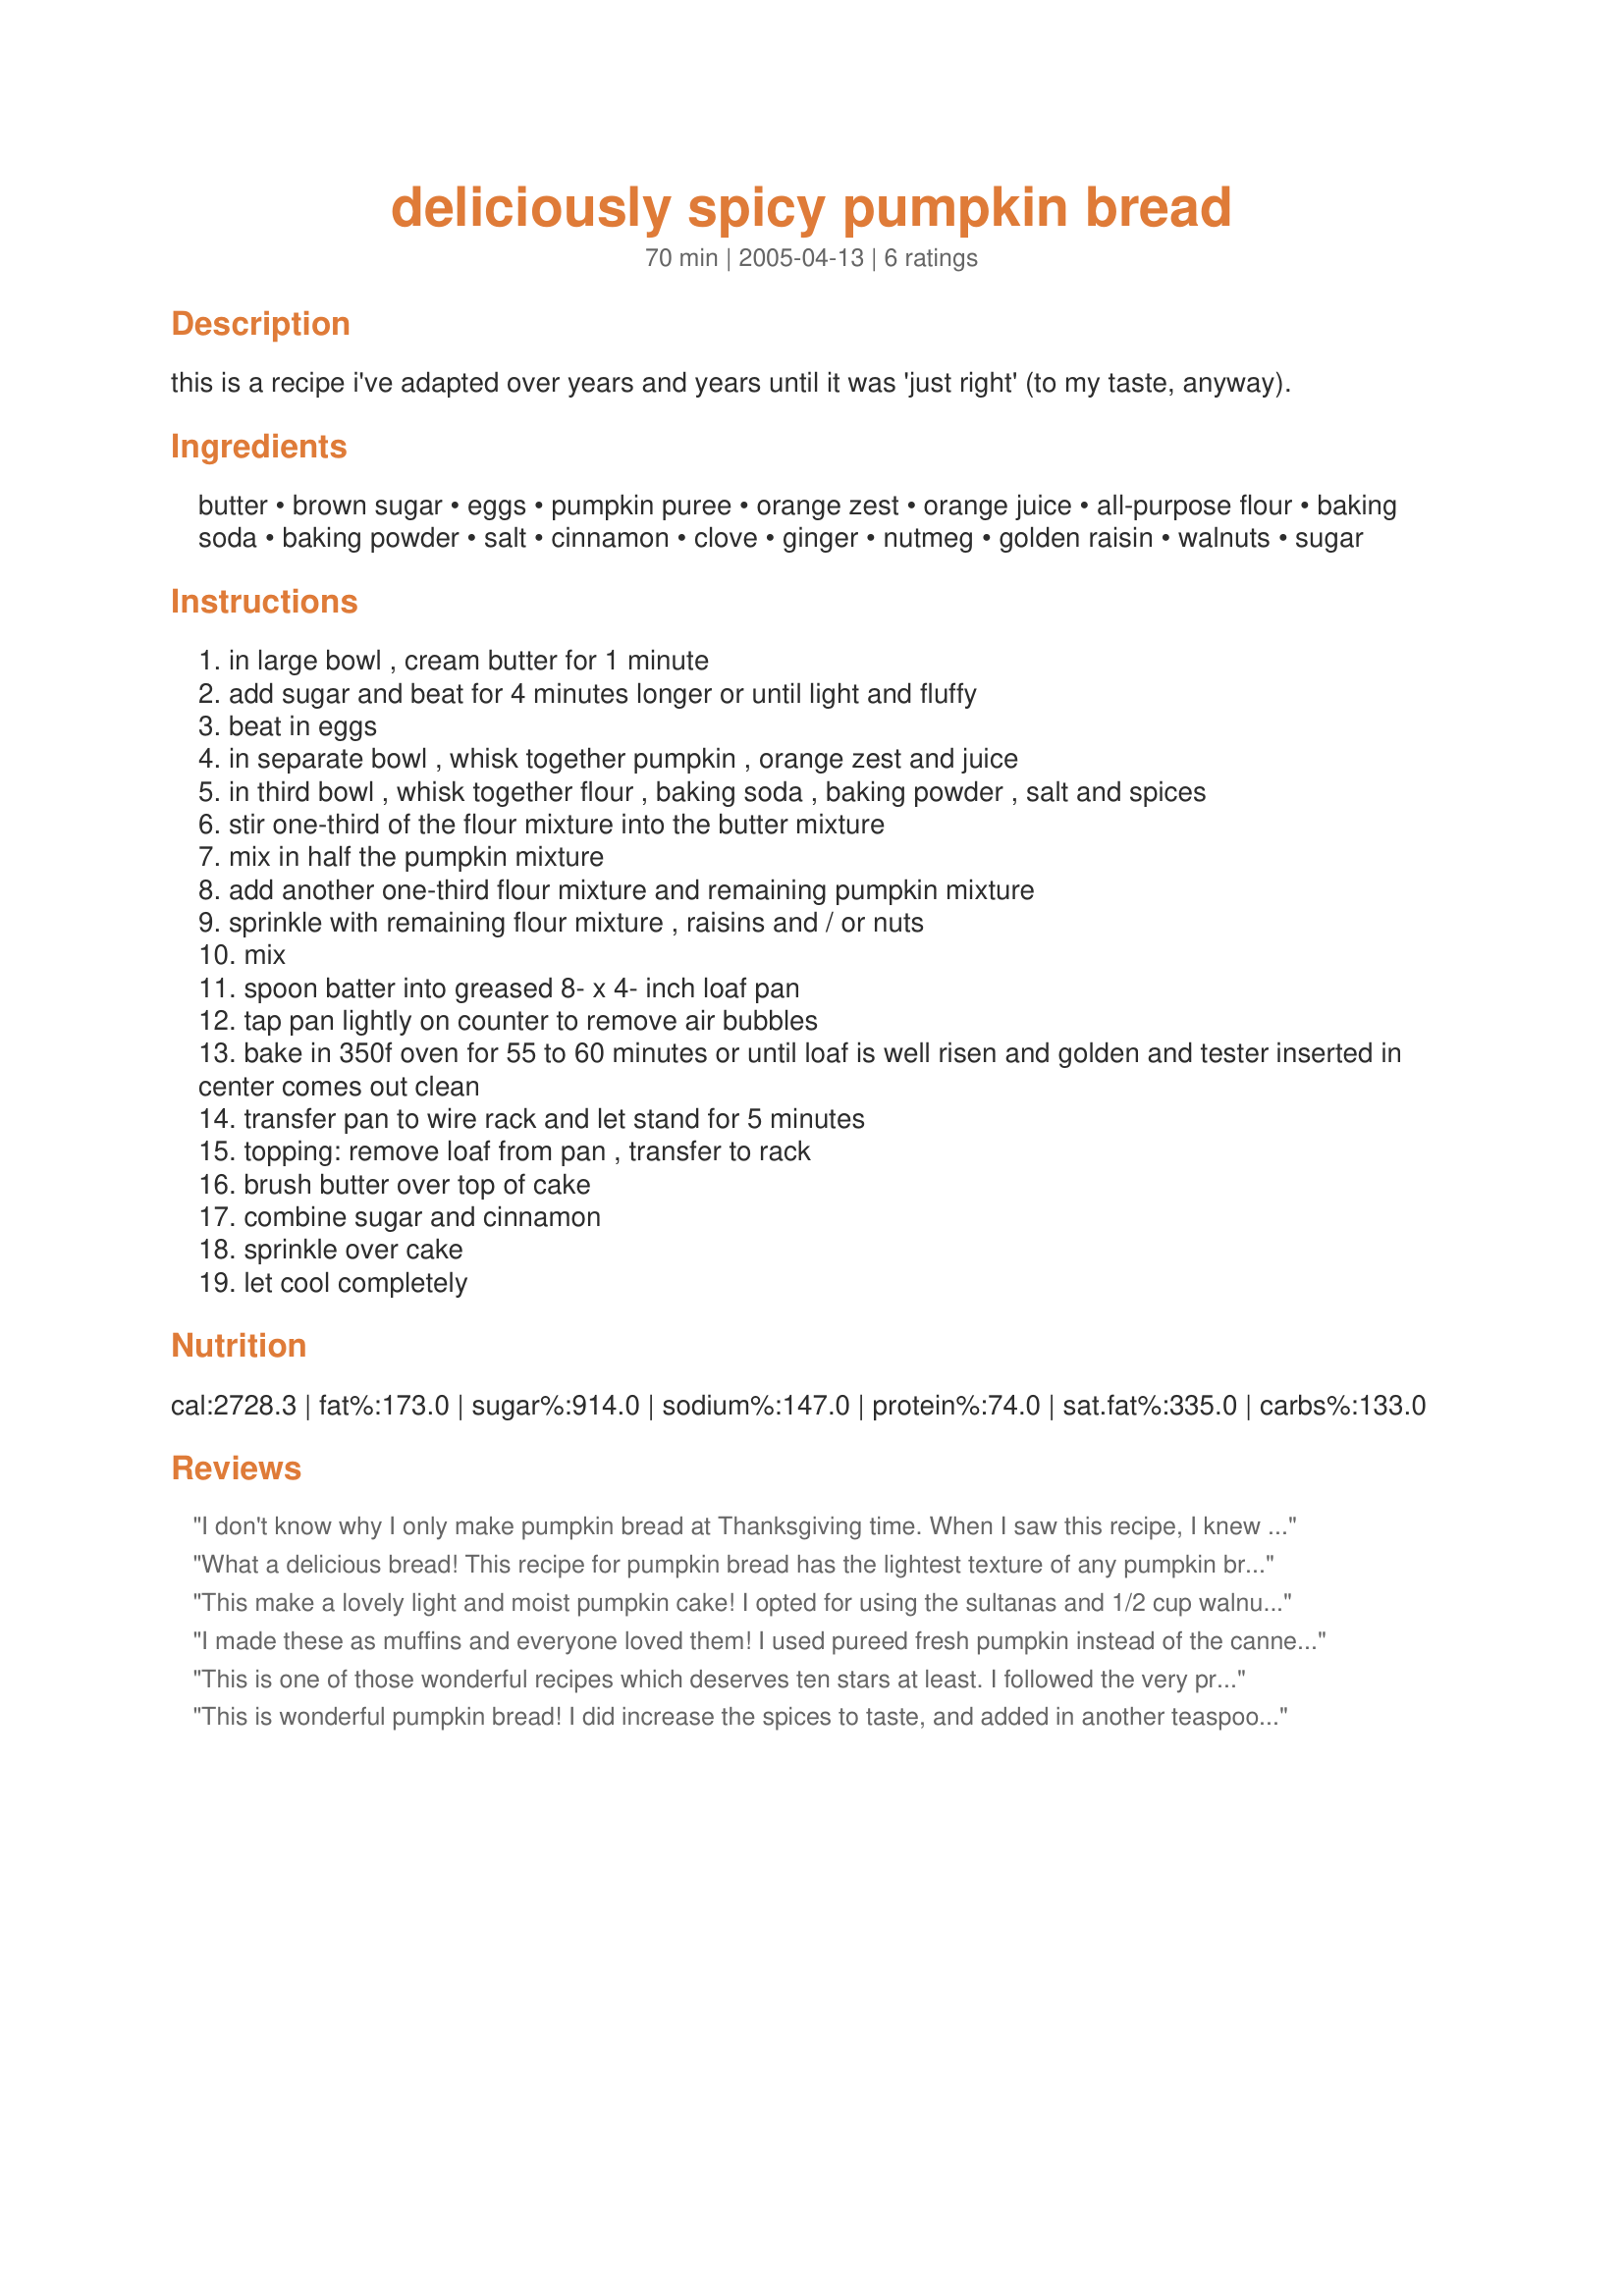
deliciously spicy pumpkin bread
Preparation time: 70 minutes

this is a recipe i've adapted over years and years until it was 'just right' (to my taste, anyway).

Ingredients:
butter, brown sugar, eggs, pumpkin puree, orange zest, orange juice, all-purpose flour, baking soda, baking powder, salt, cinnamon, clove, ginger, nutmeg, golden raisin, walnuts, sugar

Steps:
in large bowl , cream butter for 1 minute
add sugar and beat for 4 minutes longer or until light and fluffy
beat in eggs
in separate bowl , whisk together pumpkin , orange zest and juice
in third bowl , whisk together flour , baking soda , baking powder , salt and spices
stir one-third of the flour mixture into the butter mixture
mix in half the pumpkin mixture
add another one-third flour mixture and remaining pumpkin mixture
sprinkle with remaining flour mixture , raisins and / or nuts
mix
spoon batter into greased 8- x 4- inch loaf pan
tap pan lightly on counter to remove air bubbles
bake in 350f oven for 55 to 60 minutes or until loaf is well risen and golden and tester inserted in center comes out clean
transfer pan to wire rack and let stand for 5 minutes
topping: remove loaf from pan , transfer to rack
brush butter over top of cake
combine sugar and cinnamon
sprinkle over cake
let cool completely

Reviews:
I don't know why I only make pumpkin bread at Thanksgiving time. When I saw this recipe, I knew I had to prepare it. The raisins and nuts are a wonderful addition with the spices and I loved the cinnamon sugar topping also. It was greatly enjoyed and I even have some slices individually wrapped in the freezer to have at a later date. Thanks for another keeper, Evelyn.
What a delicious bread! This recipe for pumpkin bread has the lightest texture of any pumpkin bread recipe I have ever encountered. The flavor is also milder and more delicate than other recipes I've tried. With a personality all it's own, this recipe stands out! I did not include the golden raisins in my bread because I did not have any on hand, but I do see how they would only enhance this wonderful recipe! Thanks yet again, Evelyn!
This make a lovely light and moist pumpkin cake! I opted for using the sultanas and 1/2 cup walnuts. I'll be making this one again, everyone enjoyed it. Thanks for sharing:)
I made these as muffins and everyone loved them! I used pureed fresh pumpkin instead of the canned and pumpkin pie spice instead of all the other spices. I didn't make the topping for it, but did stir in chocolate chips instead of raisins. Made 12 muffins and baked for 30 minutes. Definitely a keeper!
This is one of those wonderful recipes which deserves ten stars at least. I followed the very precesie directions, making only miniscule changes--dark raisins which had been soaked in bourbon instead of golden raisins, and I baked the batter in individual bundts instead of in a loaf. Actually the batter was sufficient for six baby bundts (that lovely pan with the various flowers) and one baby loaf. The resulting 'baby cakes' were delicate, moist, spicy and incredibly aromatic. Six people ate this cake and all six adored it. Thanks, Evelyn--the best pumpkin spice cake/bread I ever had!
This is wonderful pumpkin bread! I did increase the spices to taste, and added in another teaspoon orange zest, thanks Ev!...Kitten:)
